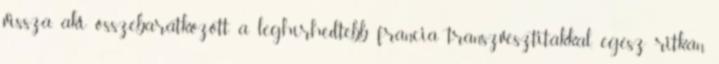
vissza, aki összebarátkozott a leghírhedtebb francia transzvesztitákkal, egész ritkán